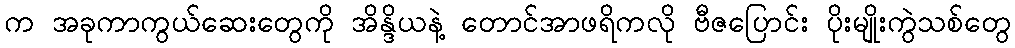
က အခုကာကွယ်ဆေးတွေကို အိန္ဒိယနဲ့ တောင်အာဖရိကလို ဗီဇပြောင်း ပိုးမျိုးကွဲသစ်တွေ